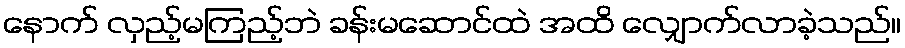
နောက် လှည့်မကြည့်ဘဲ ခန်းမဆောင်ထဲ အထိ လျှောက်လာခဲ့သည်။